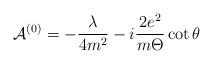
LaTeX: \begin{align*}{\cal A}^{(0)}=-\frac \lambda {4m^2}-i\frac{2e^2}{m\Theta }\cot \theta\end{align*}